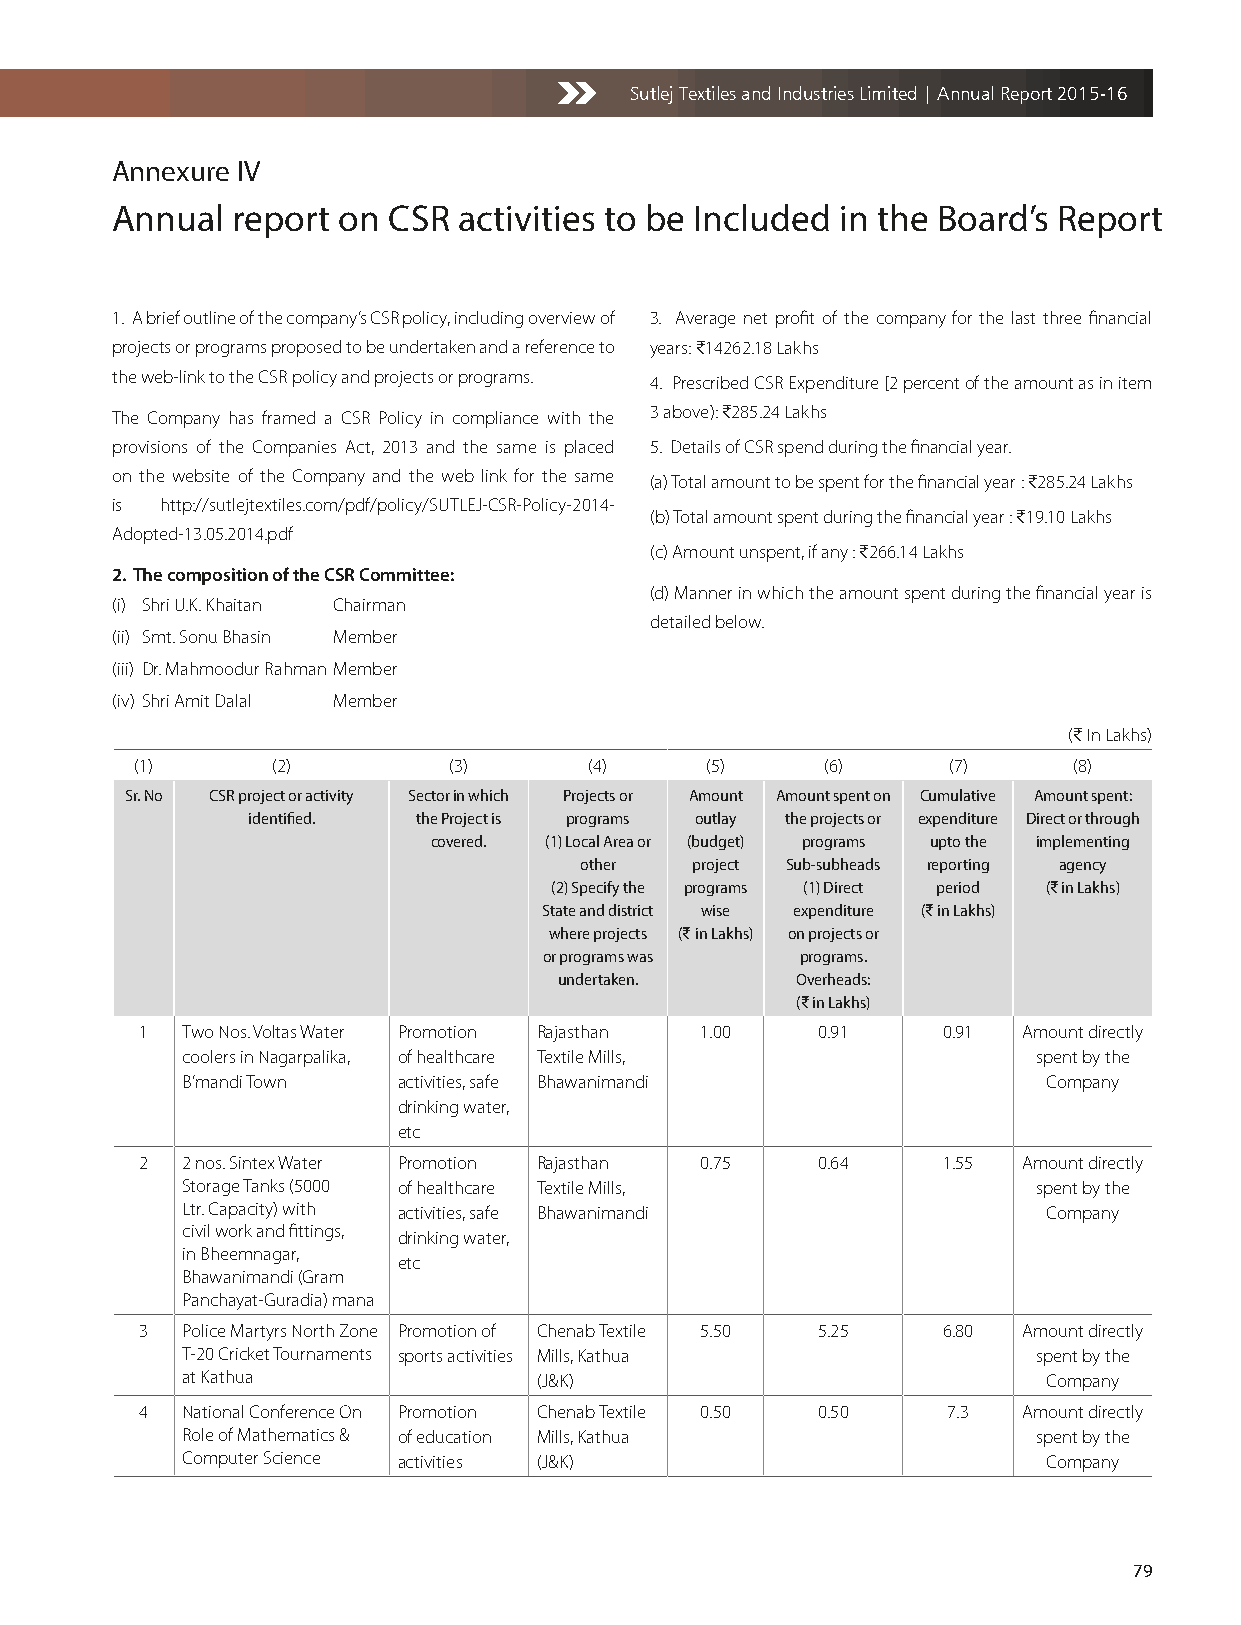
Sutlej Textiles and Industries Limited | Annual Report 2015-16
 Annexure IV
 Annual  report on  CSR activities to be Included in the Board’s Report
 1. A brief outline of the company’s CSR policy, including overview of 3. Average net profit of the company for the last three financial
 projects or programs proposed to be undertaken and a reference to years: C14262.18 Lakhs
 the web-link to the CSR policy and projects or programs. 4. Prescribed CSR Expenditure [2 percent of the amount as in item
 The Company has framed a CSR Policy in compliance with the 3 above): C285.24 Lakhs
 provisions of the Companies Act, 2013 and the same is placed 5. Details of CSR spend during the financial year.
 on the website of the Company and the web link for the same (a) Total amount to be spent for the financial year : C285.24 Lakhs
 is  http://sutlejtextiles.com/pdf/policy/SUTLEJ-CSR-Policy-2014-
 (b) Total amount spent during the financial year : C19.10 Lakhs
 Adopted-13.05.2014.pdf
 (c) Amount unspent, if any : C266.14 Lakhs
 2. The composition of the CSR Committee:
 (d) Manner in which the amount spent during the financial year is
 (i) Shri U.K. Khaitan Chairman
 detailed below.
 (ii) Smt. Sonu Bhasin Member
 (iii) Dr. Mahmoodur Rahman Member
 (iv) Shri Amit Dalal Member
 (C In Lakhs)
 (1)      (2)         (3)      (4)     (5)     (6)     (7)     (8)
 Sr. No CSR project or activity Sector in which Projects or Amount Amount spent on Cumulative Amount spent:
 identified. the Project is programs outlay the projects or expenditure Direct or through
 covered. (1) Local Area or (budget) programs upto the implementing
 other   project Sub-subheads reporting agency
 (2) Specify the programs (1) Direct period (D in Lakhs)
 State and district wise expenditure (D in Lakhs)
 where projects (D in Lakhs) on projects or
 or programs was  programs.
 undertaken.     Overheads:
 (D in Lakhs)
 1  Two Nos. Voltas Water Promotion Rajasthan 1.00 0.91 0.91 Amount directly
 coolers in Nagarpalika, of healthcare Textile Mills,     spent by the
 B’mandi Town  activities, safe Bhawanimandi              Company
 drinking water,
 etc
 2  2 nos. Sintex Water Promotion Rajasthan 0.75 0.64 1.55  Amount directly
 Storage Tanks (5000 of healthcare Textile Mills,         spent by the
 Ltr. Capacity) with activities, safe Bhawanimandi        Company
 civil work and fittings, drinking water,
 in Bheemnagar,
 etc
 Bhawanimandi (Gram
 Panchayat-Guradia) mana
 3  Police Martyrs North Zone Promotion of Chenab Textile 5.50 5.25 6.80 Amount directly
 T-20 Cricket Tournaments sports activities Mills, Kathua spent by the
 at Kathua               (J&K)                            Company
 4  National Conference On Promotion Chenab Textile 0.50 0.50 7.3 Amount directly
 Role of Mathematics & of education Mills, Kathua         spent by the
 Computer Science activities (J&K)                        Company
 79